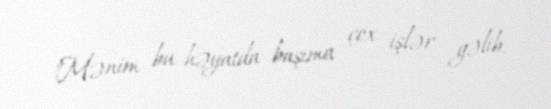
"Mənim bu həyatda başıma çox işlər gəlib.